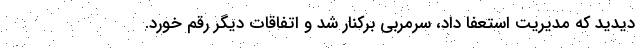
دیدید که مدیریت استعفا داد، سرمربی برکنار شد و اتفاقات دیگر رقم خورد.